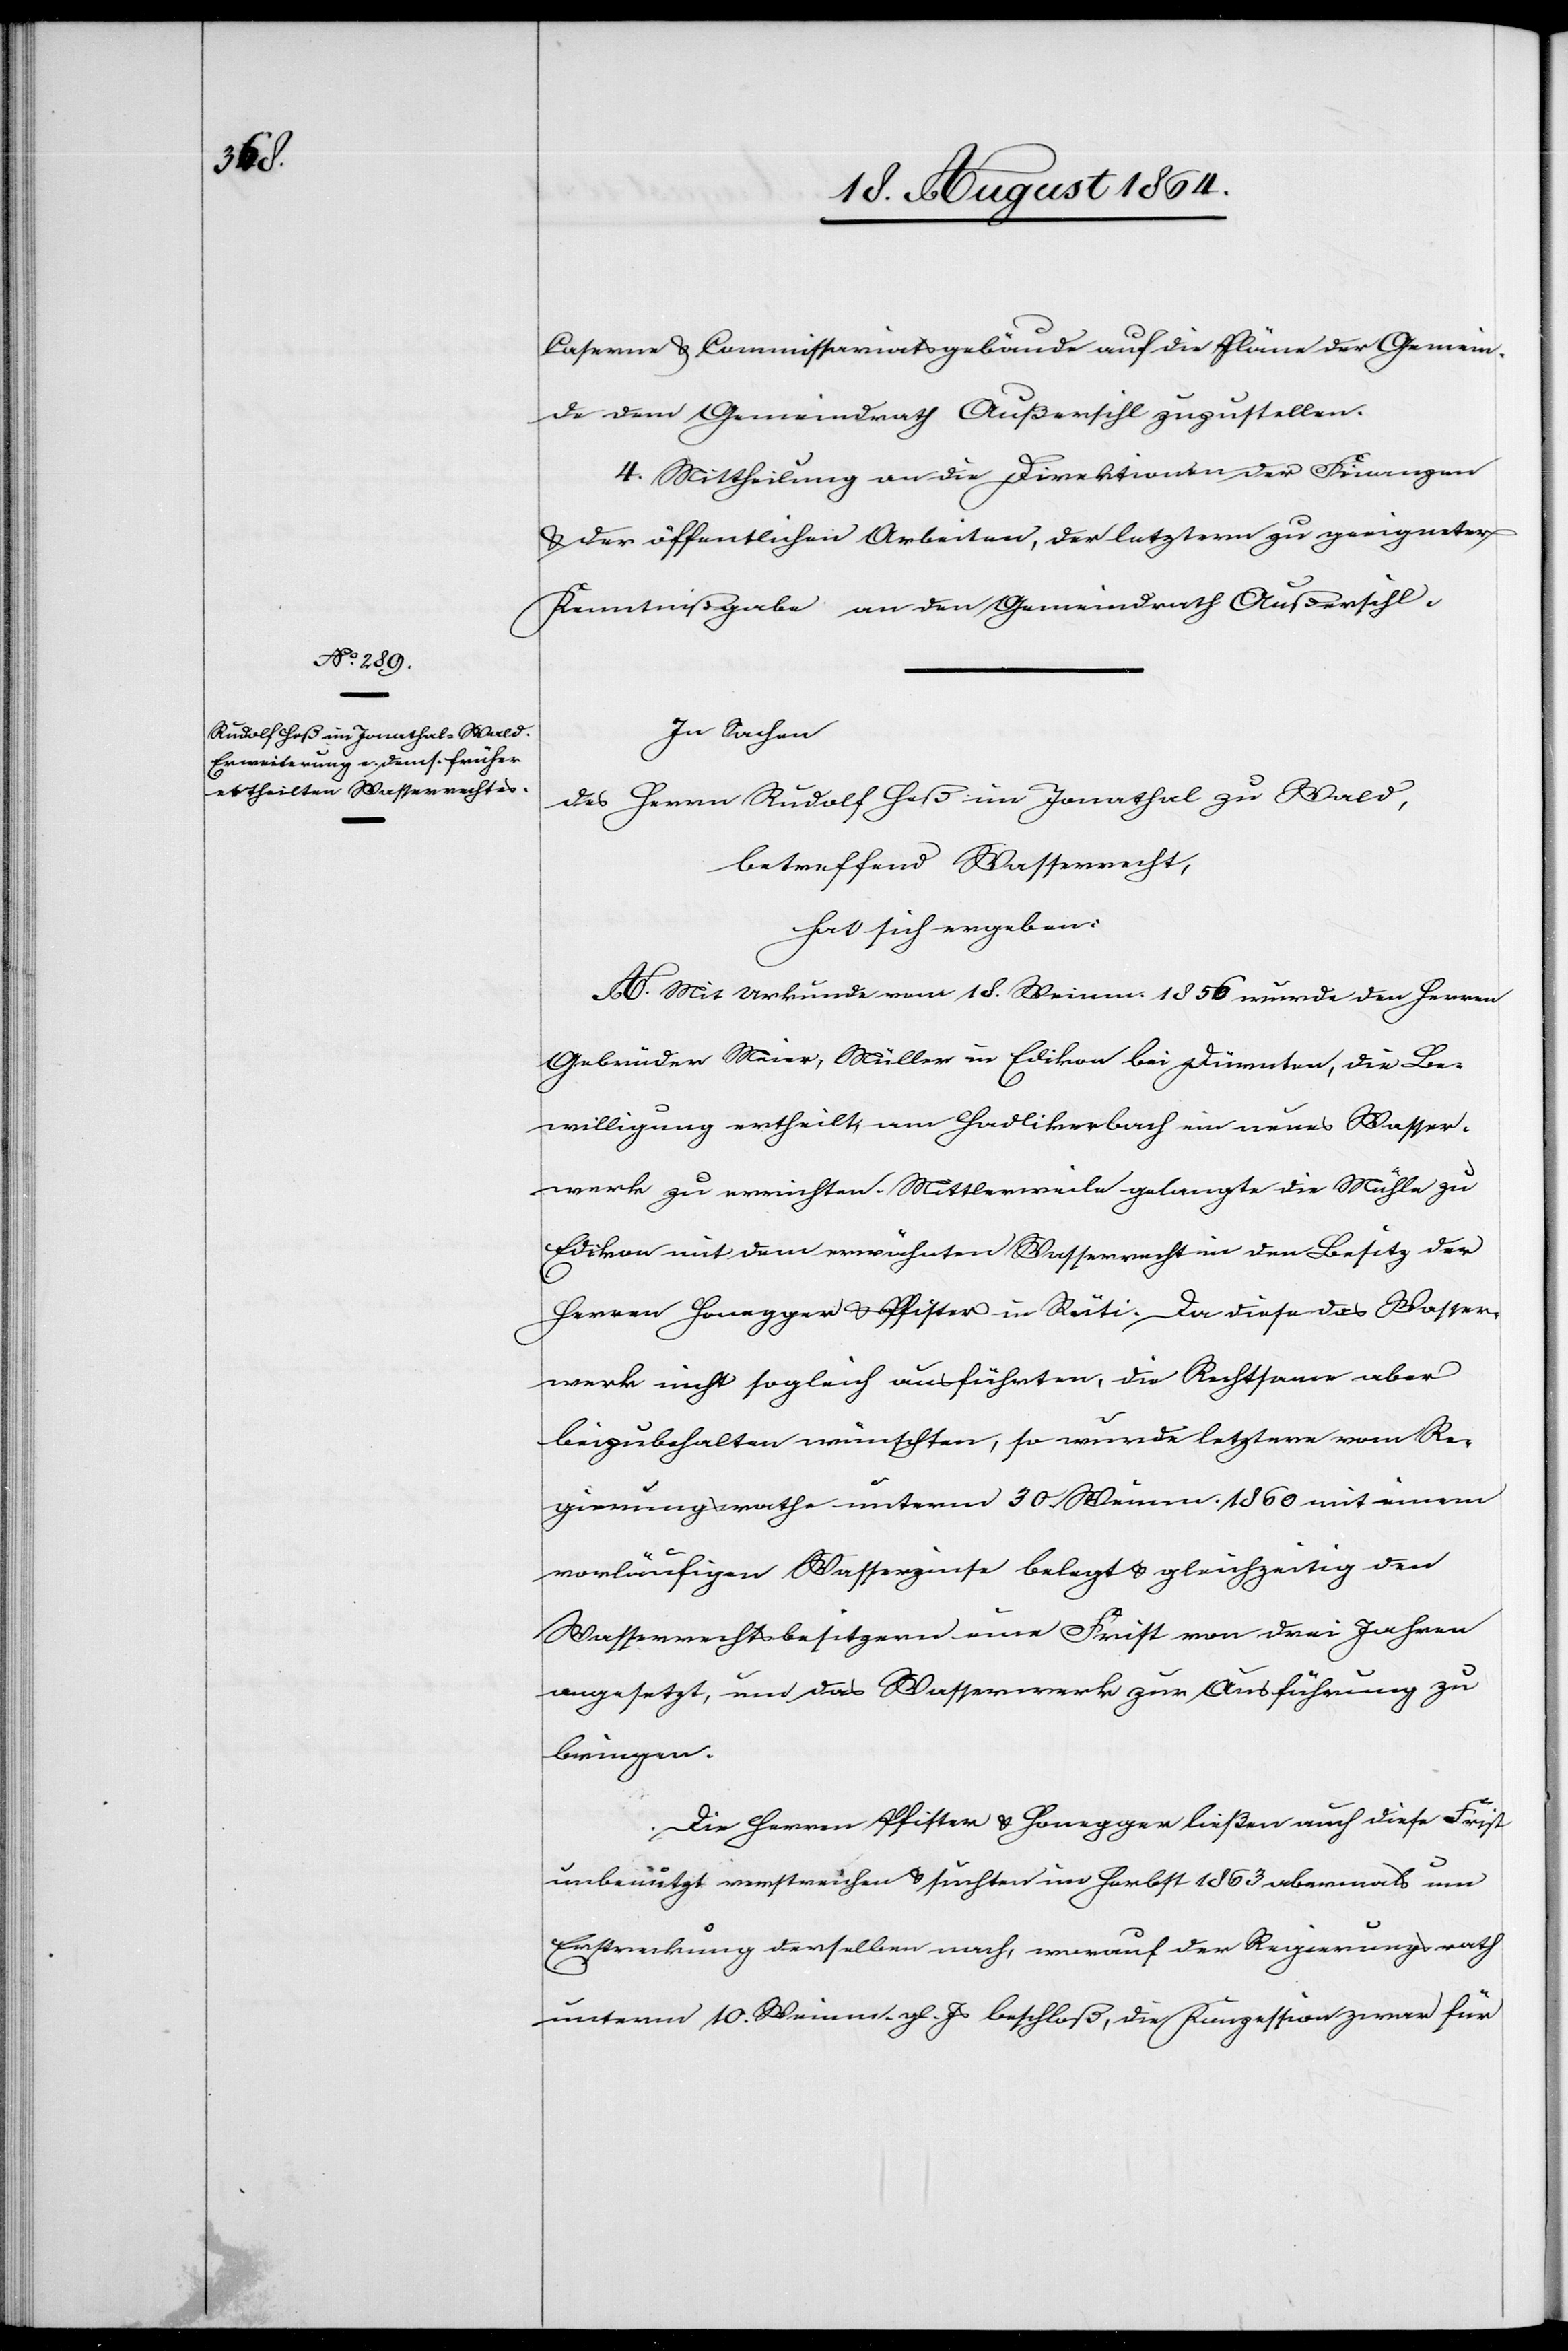
Caserne & Commissariatsgebäude auf die Pläne der Gemein¬
de dem Gemeindrath Außersihl zuzustellen.
4. Mittheilung an die Direktionen der Finanzen
& der öffentlichen Arbeiten, der letztern zu geeigneter
Kenntnißgabe an den Gemeindrath Außersihl.
In Sachen
des Herrn Rudolf Heß im Jonathal zu Wald,
betreffend Wasserrecht,
hat sich ergeben:
A. Mit Urkunde vom 18. Weinm. 1856 wurde den Herren
Gebrüder Meier, Müller in Edikon bei Dürnten, die Be¬
willigung ertheilt, am Hadlikerbach ein neues Wasser¬
werk zu errichten. Mittlerweile gelangte die Mühle zu
Edikon mit dem erwähnten Wasserrecht in den Besitz der
Herren Honegger & Pfister in Rüti. Da diese das Wasser¬
werk nicht sogleich ausführten, die Rechtsame aber
beizubehalten wünschten, so wurde letztere vom Re¬
gierungsrathe unterm 30. Weinm. 1860 mit einem
vorläufigen Wasserzinse belegt & gleichzeitig den
Wasserrechtssbesitzern eine Frist von drei Jahren
angesetzt, um das Wasserwerk zur Ausführung zu
bringen.
Die Herren Pfister & Honegger ließen auch diese Frist
unbenützt verstreichen & suchten im Herbst 1863 abermals um
Erstreckung derselben nach, worauf der Regierungsrath
unterm 10. Weinm. gl. Js. beschloß, die Konzession zwar für